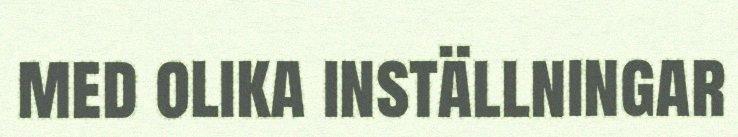
med olika inställningar